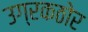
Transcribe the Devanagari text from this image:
उग्रकठोर